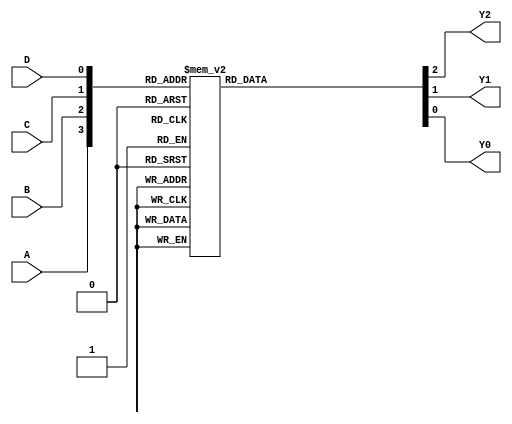
module encoder43table(A, B, C, D, Y2, Y1, Y0);
	input A, B, C, D;
	output reg Y2, Y1, Y0;
	
	always@(A, B, C, D)
		case({A, B, C, D})
		4'b0000: {Y2, Y1, Y0} = 3'b000;
		4'b0001: {Y2, Y1, Y0} = 3'b001;
		4'b0010: {Y2, Y1, Y0} = 3'b001;
		4'b0011: {Y2, Y1, Y0} = 3'b010;
		4'b0100: {Y2, Y1, Y0} = 3'b001;
		4'b0101: {Y2, Y1, Y0} = 3'b010;
		4'b0110: {Y2, Y1, Y0} = 3'b010;
		4'b0111: {Y2, Y1, Y0} = 3'b011;
		4'b1000: {Y2, Y1, Y0} = 3'b001;
		4'b1001: {Y2, Y1, Y0} = 3'b010;
		4'b1010: {Y2, Y1, Y0} = 3'b010;
		4'b1011: {Y2, Y1, Y0} = 3'b011;
		4'b1100: {Y2, Y1, Y0} = 3'b010;
		4'b1101: {Y2, Y1, Y0} = 3'b011;
		4'b1110: {Y2, Y1, Y0} = 3'b011;
		4'b1111: {Y2, Y1, Y0} = 3'b100;
		endcase
endmodule